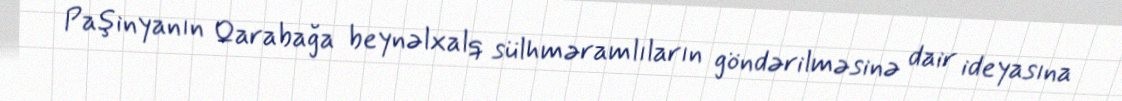
Paşinyanın Qarabağa beynəlxalq sülhməramlıların göndərilməsinə dair ideyasına